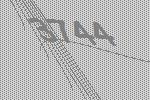
3744